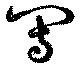
写